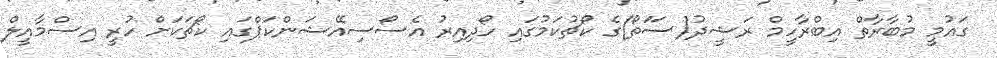
ގައުމީ މުބާރާތް އިބްރާހީމް ރަޝީދު(ސަަތޯ)ގެ ކޯޗުކަމުގައި ހޯދިއިރު އެސޯސިއޭޝަންކަޕްގައި ކޯޗަކަށް ހުރީ އިސްމާއީލް